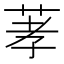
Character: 䓔